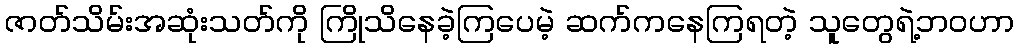
ဇာတ်သိမ်းအဆုံးသတ်ကို ကြိုသိနေခဲ့ကြပေမဲ့ ဆက်ကနေကြရတဲ့ သူတွေရဲ့ဘဝဟာ